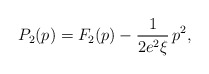
\begin{align*}P_2(p) = F_2(p) - \frac{1}{2 e^2\xi}\,p^2,\end{align*}